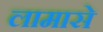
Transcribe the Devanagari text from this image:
लामासे